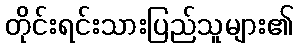
တိုင်းရင်းသားပြည်သူများ၏